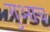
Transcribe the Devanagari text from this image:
गुआच